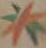
*